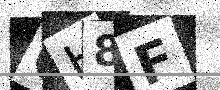
Text: CH8F